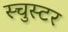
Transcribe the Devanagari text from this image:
स्चुस्टर